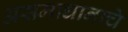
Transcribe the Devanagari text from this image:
असमाधानाचे